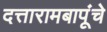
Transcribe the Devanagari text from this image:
दत्तारामबापूंचे